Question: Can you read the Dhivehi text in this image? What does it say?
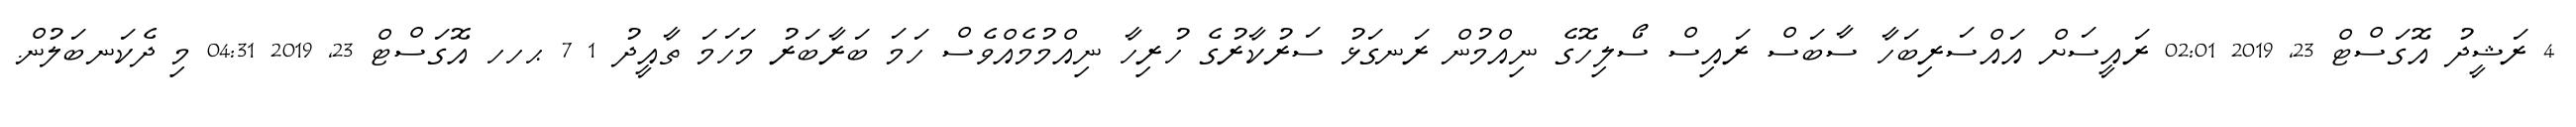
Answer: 4 ރަޝީދު އޮގަސްޓް 23, 2019 02:01 ރައީސަށް އައްސަރިބަހާ ސާބަސް ރައިސް ސޯލިހޮގެ ނިއްމުން ރަނގަޅު ސަރުކާރުގެ ހުރިހާ ނިއްމުމެއްވެސް ހަމަ ބަރާބަރު މަހަމަ ތާއީދު 1 7 ޙހހ އޮގަސްޓް 23, 2019 04:31 މި ދެކަނބަލުން.